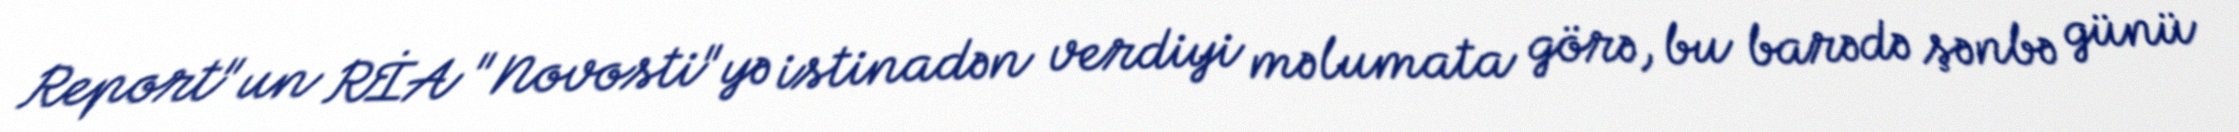
Report"un RİA "Novosti"yə istinadən verdiyi məlumata görə, bu barədə şənbə günü